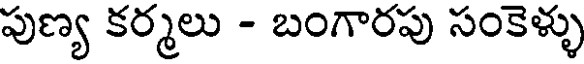
పుణ్య కర్మలు - బంగారపు సంకెళ్ళు